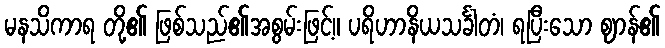
မနသိကာရ တို့၏ ဖြစ်သည်၏အစွမ်းဖြင့်။ ပရိဟာနိယသင်္ခါတံ၊ ရပြီးသော ဈာန်၏